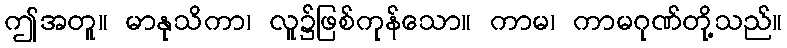
ဤအတူ။ မာနုသိကာ၊ လူ၌ဖြစ်ကုန်သော။ ကာမ၊ ကာမဂုဏ်တို့သည်။